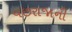
વછરાજાની